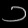
Digit: ၁